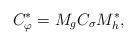
LaTeX: \begin{align*}C_{\varphi}^{*}=M_gC_{\sigma}M_h^{*},\end{align*}